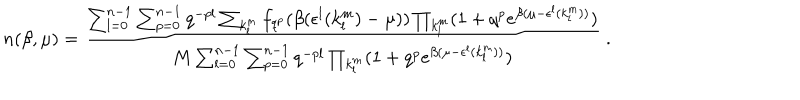
LaTeX: n ( \beta , \mu ) = \frac { \sum _ { l = 0 } ^ { n - 1 } \sum _ { p = 0 } ^ { n - 1 } q ^ { - p l } \sum _ { k _ { l } ^ { m } } f _ { q ^ { p } } ( \beta ( \epsilon ^ { l } ( k _ { l } ^ { m } ) - \mu ) ) \prod _ { k _ { l } ^ { m } } ( 1 + q ^ { p } e ^ { \beta ( \mu - \epsilon ^ { l } ( k _ { l } ^ { m } ) ) } ) } { M \sum _ { l = 0 } ^ { n - 1 } \sum _ { p = 0 } ^ { n - 1 } q ^ { - p l } \prod _ { k _ { l } ^ { m } } ( 1 + q ^ { p } e ^ { \beta ( \mu - \epsilon ^ { l } ( k _ { l } ^ { m } ) ) } ) } \ .